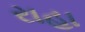
રાહા